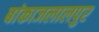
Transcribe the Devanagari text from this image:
बांकाजलालपुर